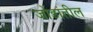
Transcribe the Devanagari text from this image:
जोडांतील